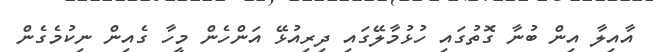
އާއިލާ އިން ބުނާ ގޮތުގައި ހުޅުމާލޭގައި ދިރިއުޅޭ އަންހެން މީހާ ގެއިން ނިކުމެގެން